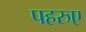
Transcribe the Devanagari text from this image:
पहरुए